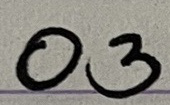
03